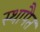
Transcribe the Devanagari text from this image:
स्थापैत